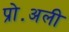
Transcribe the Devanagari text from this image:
प्रो॰अली